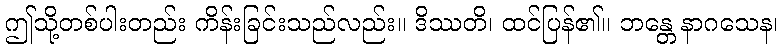
ဤသို့တစ်ပါးတည်း ကိန်းခြင်းသည်လည်း။ ဒိဿတိ၊ ထင်ပြန်၏။ ဘန္တေ နာဂသေန၊